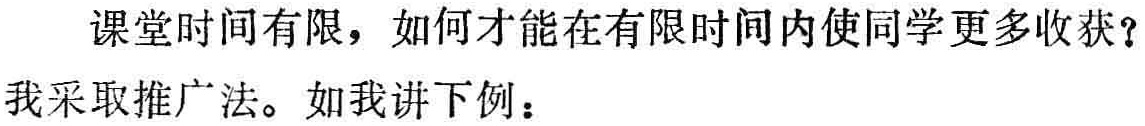
课堂时间有限，如何才能在有限时间内使同学更多收获？
我采取推广法。如我讲下例：